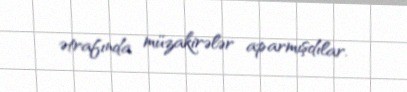
ətrafında müzakirələr aparmışdılar.